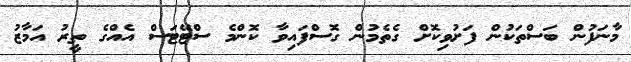
މާނަފުން ބަސްތަކުން ފަށުވިކޮށް ގެތެމުން ގޮސްފައިވާ ކޮންމެ ސްޓޭޓަސް އެއްގެ ތީރު އަމާޒު